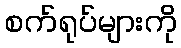
စက်ရုပ်များကို